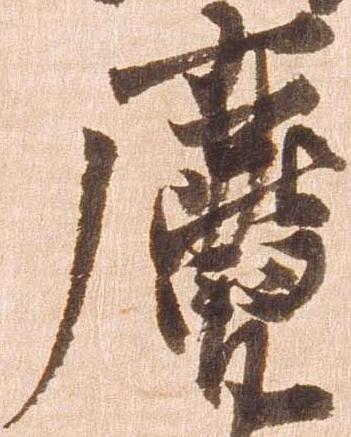
麑